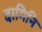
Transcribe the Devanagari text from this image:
दामिनि